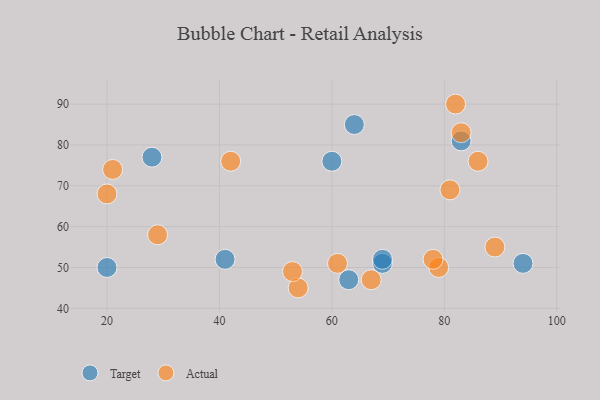
{"axis": {"x": "GDP", "y": "Life Expectancy"}, "legend": ["Actual", "Target"], "data": [{"x": "69", "y": 51, "type": "Target"}, {"x": "69", "y": 52, "type": "Target"}, {"x": "83", "y": 81, "type": "Target"}, {"x": "60", "y": 76, "type": "Target"}, {"x": "94", "y": 51, "type": "Target"}, {"x": "63", "y": 47, "type": "Target"}, {"x": "41", "y": 52, "type": "Target"}, {"x": "64", "y": 85, "type": "Target"}, {"x": "28", "y": 77, "type": "Target"}, {"x": "20", "y": 50, "type": "Target"}, {"x": "86", "y": 76, "type": "Actual"}, {"x": "67", "y": 47, "type": "Actual"}, {"x": "81", "y": 69, "type": "Actual"}, {"x": "20", "y": 68, "type": "Actual"}, {"x": "89", "y": 55, "type": "Actual"}, {"x": "82", "y": 90, "type": "Actual"}, {"x": "83", "y": 83, "type": "Actual"}, {"x": "29", "y": 58, "type": "Actual"}, {"x": "54", "y": 45, "type": "Actual"}, {"x": "42", "y": 76, "type": "Actual"}, {"x": "79", "y": 50, "type": "Actual"}, {"x": "61", "y": 51, "type": "Actual"}, {"x": "21", "y": 74, "type": "Actual"}, {"x": "53", "y": 49, "type": "Actual"}, {"x": "78", "y": 52, "type": "Actual"}]}